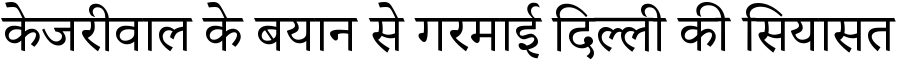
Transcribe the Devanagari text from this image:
केजरीवाल के बयान से गरमाई दिल्ली की सियासत